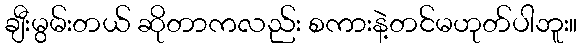
ချီးမွမ်းတယ် ဆိုတာကလည်း စကားနဲ့တင်မဟုတ်ပါဘူး။